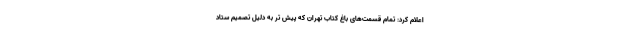
اعلام کرد: تمام قسمت‌های باغ کتاب تهران که پیش تر به دلیل تصمیم ستاد